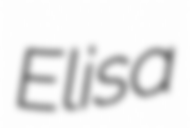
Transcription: Elisa